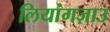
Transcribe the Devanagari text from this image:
लियांगज़ाउ